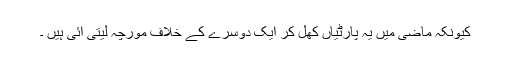
کیونکہ ماضی میں یہ پارٹیاں کھل کر ایک دوسرے کے خلاف مورچہ لیتی آئی ہیں ۔